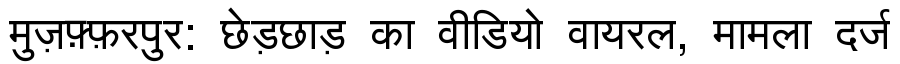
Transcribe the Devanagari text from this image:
मुज़फ़्फ़रपुर: छेड़छाड़ का वीडियो वायरल, मामला दर्ज